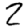
Digit: 2